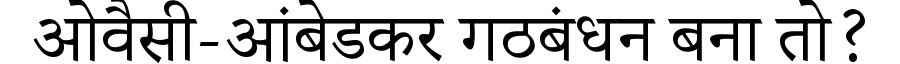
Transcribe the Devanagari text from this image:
ओवैसी-आंबेडकर गठबंधन बना तो?